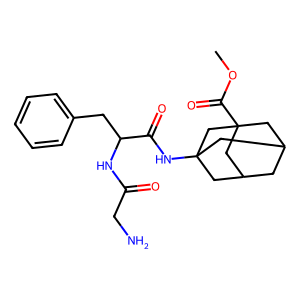
SMILES: COC(=O)C12CC3CC(CC(NC(=O)C(Cc4ccccc4)NC(=O)CN)(C3)C1)C2
Inhibits HIV replication: No